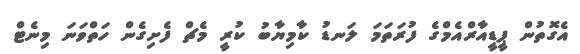
އެގޮތުން ޕީޑީއާރްއެމްގެ ފުރަތަމަ ލަނޑު ކާމިޔާބު ކުރީ މެޗް ފެށިގެން ހަތްވަނަ މިނެޓް